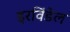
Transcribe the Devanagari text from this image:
इरविंडेल